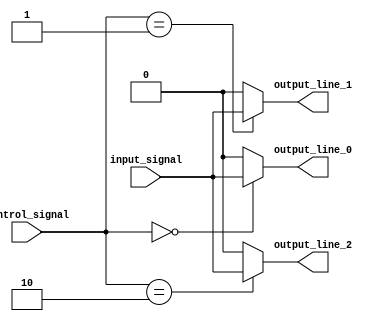
module demultiplexer (
    input wire input_signal,
    input wire [2:0] control_signal,
    output wire output_line_0,
    output wire output_line_1,
    output wire output_line_2
);

always @(*) begin
    case(control_signal)
        3'b000: begin
            output_line_0 = input_signal;
            output_line_1 = 1'b0;
            output_line_2 = 1'b0;
        end
        3'b001: begin
            output_line_0 = 1'b0;
            output_line_1 = input_signal;
            output_line_2 = 1'b0;
        end
        3'b010: begin
            output_line_0 = 1'b0;
            output_line_1 = 1'b0;
            output_line_2 = input_signal;
        end
        default: begin
            output_line_0 = 1'b0;
            output_line_1 = 1'b0;
            output_line_2 = 1'b0;
        end
    endcase
end

endmodule